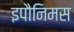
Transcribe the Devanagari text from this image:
इपौनिमस